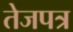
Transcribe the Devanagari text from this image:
तेजपत्र